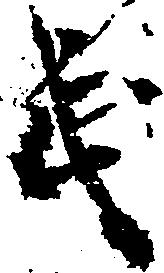
武